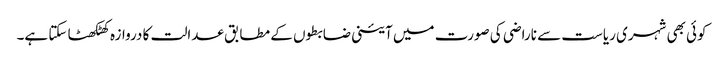
کوئی بھی شہری ریاست سے ناراضی کی صورت میں آئینی ضابطوں کے مطابق عدالت کا دروازہ کھٹکھٹا سکتا ہے۔